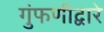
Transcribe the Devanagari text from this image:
गुंफणीद्वारे